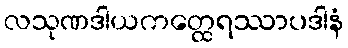
လသုဏဒါယကတ္ထေရဿာပဒါနံ